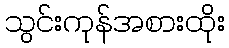
သွင်းကုန်အစားထိုး